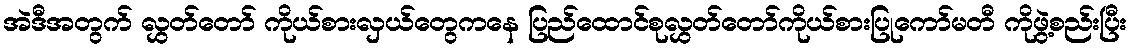
အဲဒီအတွက် လွှတ်တော် ကိုယ်စားလှယ်တွေကနေ ပြည်ထောင်စုလွှတ်တော်ကိုယ်စားပြုကော်မတီ ကိုဖွဲ့စည်းပြီး